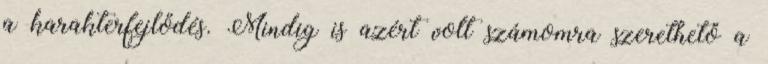
a karakterfejlődés. Mindig is azért volt számomra szerethető a